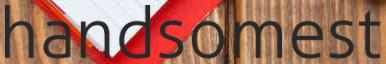
handsomest